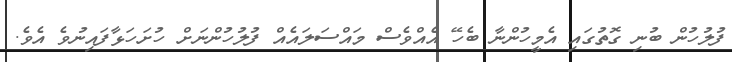
ފުލުހުން ބުނި ގޮތުގައި އެމީހުންނާ ބެހޭ އެއްވެސް މައްސަލައެއް ފުލުހުންނަށް ހުށަހަޅާފައިނުވެ އެވެ.